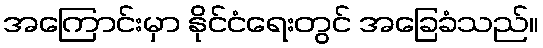
အကြောင်းမှာ နိုင်ငံရေးတွင် အခြေခံသည်။